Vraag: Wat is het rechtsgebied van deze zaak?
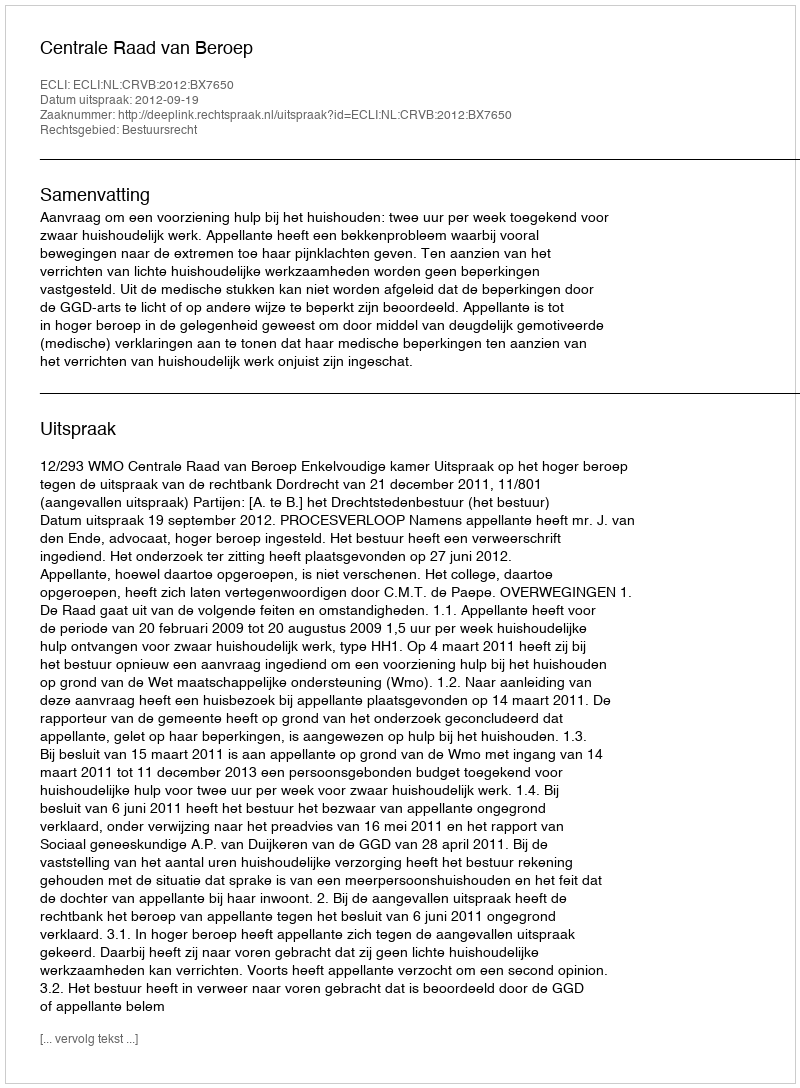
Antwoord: Bestuursrecht